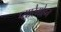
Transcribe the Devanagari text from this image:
प्यारेमोहन